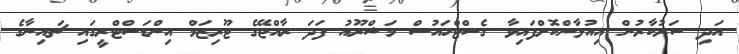
އަދި ސަރުކާރުން އިއުލާންކޮށްފައިވާ ގެސްޓްހައުސް މަޝްރޫއު ފަދަ ރާއްޖޭގެ ޓޫރިޒަމް އިންޑަސްޓްރީގައި ޗައިނާގެ